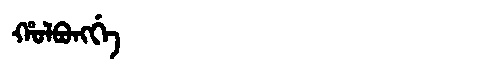
Manchu: ᡥᠣᠯᠪᠣᠩᡤᡝ
Romanization: HOLBONGGE